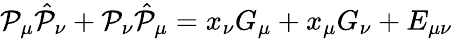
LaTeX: \mathcal{P}_{\mu}\hat{{\mathcal{P}}}_{\nu}+\mathcal{P}_{\nu}\hat{{\mathcal{P}}}_{\mu}=x_{\nu}G_{\mu}+x_{\mu}G_{\nu}+E_{\mu\nu}